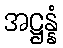
အဋ္ဌန္နံ